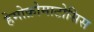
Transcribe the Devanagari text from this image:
हेमोक्रोमाटोसिस